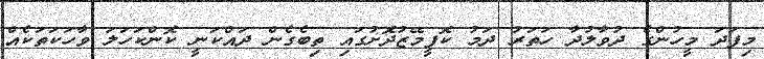
މިފަދަ މީހުންގެ ދުވާލުދާ ހަތަރު ދަމު ކޮފީމޭޒުދޮށުގައި ތިބެގެން ދައްކަނީ ކޮންކަހަލަ ވާހަކަތަކެއް